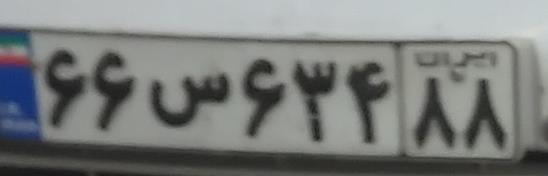
۶۶س۶۳۴۸۸